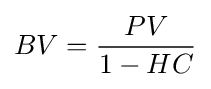
BV={\frac {PV}{1-HC}}